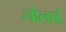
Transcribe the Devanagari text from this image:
लोलार्ड